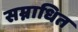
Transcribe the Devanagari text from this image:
सम्नाधित